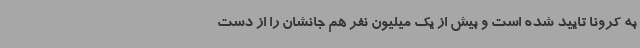
به کرونا تایید شده است و بیش از یک میلیون نفر هم جانشان را از دست